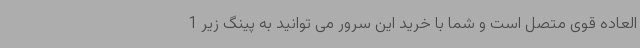
العاده قوی متصل است و شما با خرید این سرور می توانید به پینگ زیر 1